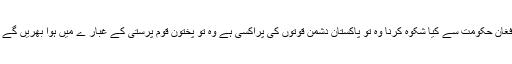
افغان حکومت سے کیا شکوہ کرنا وہ تو پاکستان دشمن قوتوں کی پراکسی ہے وہ تو پختون قوم پرستی کے غبار ے میں ہوا بھریں گے ۔